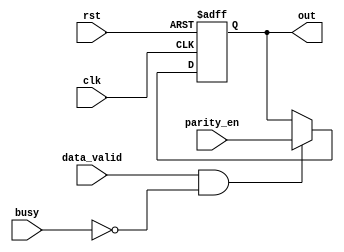
module parity_reg 
(
  input  wire clk,
  input  wire rst,

  input  wire parity_en,

  input  wire data_valid, 
  input  wire busy,
  
  output reg  out  
);

  always @ (posedge clk or negedge rst)
    begin
      if (!rst) begin
        out <= 1'b0;
      end else if (data_valid && !busy) begin
        out <= parity_en;
      end
    end
endmodule